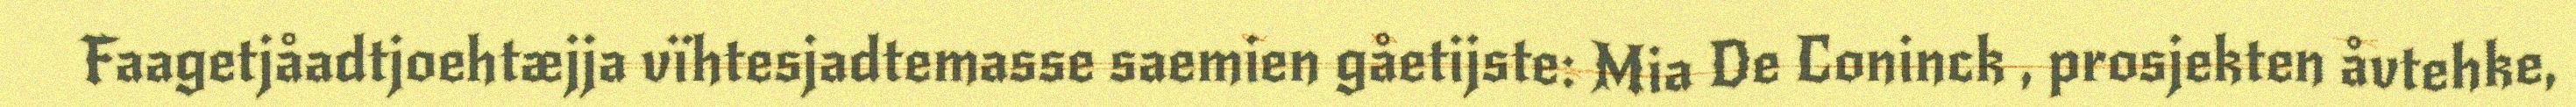
Faagetjåadtjoehtæjja vïhtesjadtemasse saemien gåetijste: Mia De Coninck , prosjekten åvtehke,